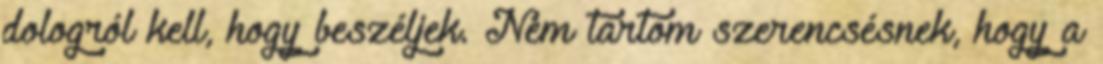
dologról kell, hogy beszéljek. Nem tartom szerencsésnek, hogy a